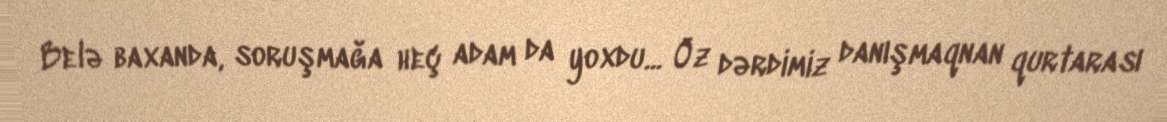
Belə baxanda, soruşmağa heç adam da yoxdu... Öz dərdimiz danışmaqnan qurtarası